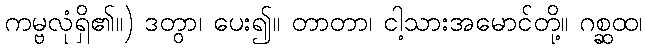
ကမ္ဗလုံရှိ၏။) ဒတွာ၊ ပေး၍။ တာတာ၊ ငါ့သားအမောင်တို့။ ဂစ္ဆထ၊